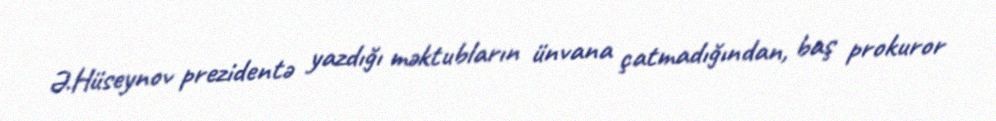
Ə.Hüseynov prezidentə yazdığı məktubların ünvana çatmadığından, baş prokuror